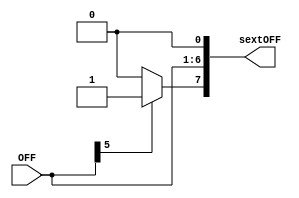
module signExtOFF(OFF, sextOFF);
	input [5:0] OFF;
	wire [6:0] iOFF;
	output [7:0] sextOFF;
	
	assign iOFF[5:0] = OFF;
	assign iOFF[6] = OFF[5] ? 1'b1 : 1'b0;
	assign sextOFF = {iOFF,1'b0};
	
endmodule